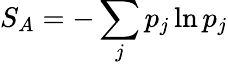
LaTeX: S_{A}=-\sum_{j}p_{j}\ln p_{j}